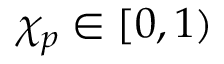
\chi _ { p } \in [ 0 , 1 )